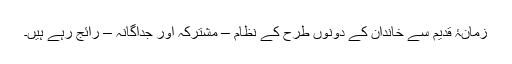
زمانۂ قدیم سے خاندان کے دونوں طرح کے نظام – مشترکہ اور جداگانہ – رائج رہے ہیں۔